Annual statistical returns and brief notes on vaccination in Bengal - 1896-1909
Year: 1896
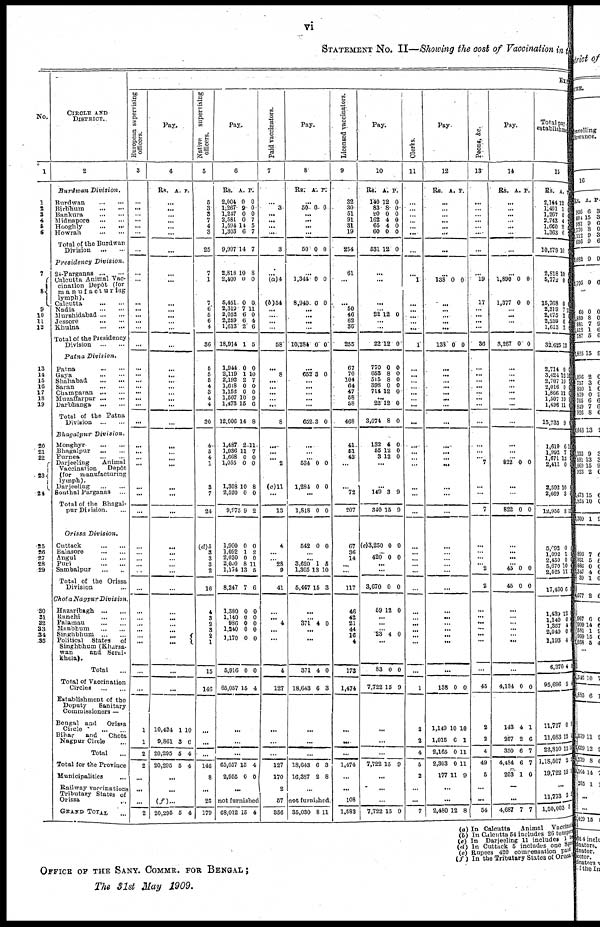
vi
STATEMENT NO. II—Showing the cost of Vaccination in the
No.
1
1
2
3
4
5
6
7
8
9
10
11
12
13
14
15
16
17
18
19
20
21
22
23
24
25
26
27
28
29
30
31
32
33
34
35
CIRCLE AND
DISTRICT..
2
Burdwan
Division.
Burdwan
...
...
Birbhum
...
...
Bankura
...
...
Midnapore
...
...
Hooghly ... ...
Howrah
...
...
Total of the Burdwan
Division
...
...
Presidency
Division.
24-Parganas
...
...
Calcutta Animal Vac-
cination Depôt (for
manufacturing
lymph).
Calcutta
...
...
Nadia
...
...
Murshidabad
...
...
Jessore
...
...
Khulna
...
...
Total of the Presidency
Division
...
...
Patna
Division.
Patna
...
...
Gaya
...
...
Shahabad
...
...
Saran
...
...
Champaran
...
...
Muzaffarpur
...
...
Darbhanga
...
...
Total of the Patna
Division
...
...
Bhagalpur
Division.
Monghyr ... ...
Bhagalpur
...
...
Purnea
...
...
Darjeeling
Animal
Vaccination
Depôt
(for
manufacturing
lymph).
Darjeeling
...
...
Sonthal Parganas
...
Total of the Bhagal-
pur Division. ...
Orissa
Division,
Cuttack
...
...
Balasore
...
...
Angul
...
...
Puri
...
...
Sambalpur
...
...
Total of the Orissa
Division ...
Chota Nagpur
Division.
Hazaribagh
...
...
Ranchi
...
...
Palamau
...
...
Manbhum
...
...
Singhbhum
...
...
Political
States
of
Singhbhum (Kharsa-
wan
and Serai-
khela).
Total ...
Total of Vaccination
Circles
...
...
Establishment of the
Deputy
Sanitary
Commissioners —
Bengal and
Orissa
Circle ... ...
Bihar
and
Chota
Nagpur Circle ...
Total ...
Total for the Province
Municipalities ...
Railway vaccinations
Tributary States of
Orissa ...
GRAND
TOTAL ...
EX
European supervising
officers.
3
...
...
...
...
...
...
...
...
...
...
...
...
...
...
...
...
...
...
...
...
...
...
...
...
...
...
...
...
...
...
...
... ...
...
...
...
...
...
...
...
...
...
...
...
1
1
2
2
...
...
...
2
Pay.
4
Rs. A. P.
...
... ...
...
...
...
...
...
...
... ...
...
...
...
...
...
... ...
...
...
...
...
...
...
...
... ...
... ...
...
...
... ...
...
...
...
...
... ...
...
...
...
...
...
10,434
9,861
20,295
20,295
1
3
5
5
10
6
4
4
...
...
(f)...
20,295 5 4
Native
supervising
officers.
5
5
3
3
7
4
3
25
7
1
7
6
5
6
4
36
5
5
5
4
3
4
4
30
4
5
4
1
3
7
24
(d)5
3
3
3
2
16
4
3
2
3
2
1
15
146
...
...
...
146
8
...
25
179
Pay.
6
Rs.
2,004
1,267
1,247
2,581
1,694
1,303
9,997
2,818
2,400
5,451
2,319
2,052
2,259
1,613
18,914
1,944
2,119
2,192
1,618
1,152
1,507
1,473
12,006
1,487
1,936
1,668
1,055
1,308
2,520
9,975
A.
0
9
0
0
14
6
14
10
0
0
7
6
6
2
1
0
1
2
0
0
10
15
14
2
11
0
0
10
0
9
P.
0
0
0
7
5
7
7
8
0
0
11
0
4
6
5
0
10
7
0
0
9
6
8
11
7
0
0
8
0
2
1,900
1,092
2,030
2,000
1,174
8,247
1,380
1,140
986
1,240
1,170
5,916
65,057
0
1
0
8
13
7
0
0
0
0
0
0
15
0
2
0
11
6
6
0
0
0
0
0
0
4
...
...
...
65,057
2,955
15
0
4
0
...
not furnished
68,012 15 4
Paid vaccinators.
7
...
3
...
...
...
....
3
... (a)4
(b)54
...
...
...
...
58
...
8
...
...
...
...
...
8
...
...
... 2
(c)11
...
13
4
... ... 28
9
41
...
... 4
... ...
4
127
...
...
...
127
170
2
57
356
Pay.
8
Rs. A. P.
...
50 0 0
...
...
...
...
50 0 0
...
1,344
8,940
0
0
0
0
...
...
...
...
10,284 0 0
...
652 3 0
... ...
... ...
...
652 3 0
...
...
... 534
1,284
0
0
0
0
...
1,818
542
0
0
0
0
...
...
3,620
1,305
5,467
1
13
15
5
10
3
...
...
371 4 0
... ...
371
18,643
4
6
0
3
...
...
...
18,643
16,387
6
2
3
8
...
not furnished.
35,030 8 11
Licensed vaccinators.
9
32
30
51
91
31
19
254
61
...
... 50
46
62
36
255
67
70
104
64
47
58
58
468
41
61
43
...
... 72
207
67
36
14
... ...
117
46
42
21
44
16
4
173
1,474
...
...
...
1,474
...
...
108
1,582
Pay.
10
Rs.
140
83
20
162
65
60
531
A.
12
8
0
4
4
0
12
P.
0
0
0
0
0
0
0
...
...
...
... 22 12 0
...
...
22 12 0
770
853
515
398
714
0
8
8
0
12
0
0
0
0
0
...
22
3,074
12
8
0
0
132
55
3
4
12
12
0
0 0
...
...
149
340
3
15
9
9
(e)3,250 0 0
... 420 0 0
...
...
3,670
59
0
12
0
0
...
...
...
23 4 0
...
83
7,722
0
15
0
9
...
...
...
7,722 15 9
...
...
...
7,722 15 9
Clerks.
11
...
...
... ...
... ...
...
...
1
...
...
... ...
...
1
...
...
...
...
...
...
...
...
...
...
... ...
... ...
...
...
...
...
... ...
...
...
...
...
... ...
...
...
1
2
2
4
5
2
...
...
7
Pay.
12
Rs. A. P.
...
...
...
...
...
...
...
...
138 0 0
... ...
...
...
...
133 0 0
...
...
...
...
...
...
...
...
...
... ...
...
...
...
...
...
...
...
...
...
...
...
...
...
...
...
...
...
138 0 0
1,149
1,015
2,165
2,303
177
10
6
0
0
11
10
1
11
11
9
...
...
2,480 12 8
Peons,
&c.
13
...
...
...
...
...
...
...
...
19
17
...
...
...
...
36
...
...
...
...
...
...
...
...
...
...
... 7
...
...
7
...
... ...
... 2
2
...
...
...
...
...
...
...
45
2
2
4
49
5
...
...
54
Pay.
14
Rs. A. P.
...
...
...
...
...
...
...
...
1,890
1,377
0
0
0
0
...
...
...
...
3,267 0 0
...
...
...
...
...
...
...
...
...
...
...
822 0 0
...
...
822 0 0
...
...
...
...
45
45
0
0
0
0
...
...
...
...
...
...
...
4,134 0 0
143
207
350
4,484
203
4
2
6
6
1
1
6
7
7
0
...
...
4,681 7 7
Total pay
establishment.
15
Rs.
2,144
1,401
1,267
2,743
1,660
1,363
10,579
A.
12
1
0
4
2
6
10
2,818
5,772
15,768
2,319
2,075
2,259
1,613
32,625
10
0
0
7
2
6
2
13
2,714
3,424
2,707
2,016
1,866
1,507
1,496
15,733
1,619
1,992
1,671
2,411
2,592
2,669
12,956
0
12
10
0
13 10
11
9
6
7
12
0
10
3
8
5,092
1,092 2,450
5,670 2,525
17,430
0
1 0
10
11
6
1,439
1,140
1,357
2,040
1,193
6,370
95,696
12
0
4
0
4
4
5
11,727
11,083
22,810
1,18,507
19,722
0
12
12
2
15
...
11,773
1,50,003
2
3
(a)In Calcutta
Animal Vaccinat
(b) In Calcutta 54 includes 26 tempe
(c) In Darjeeling 11 includes 1
(d) In Cuttack 5 includes one Sp
(e) Rupees 420 compensation Paid
(f) In the Tributary Slates of Orissa
OFFICE OF THE SANY. COMMR. FOR BENGAL;
The 31st May 1909.